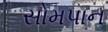
સોમપાન